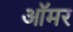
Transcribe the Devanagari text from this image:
ऑमर